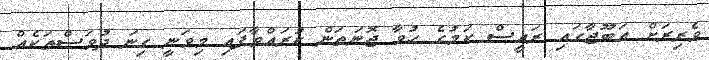
ވެރިރަށް އަބޫޖާގައި ރައީސް ކަމުގެ ހުވާ ޖޮނަތަން ކުރައްވާފައި މިވަނީ ގިނަ ދުވަސްތަކެއް